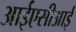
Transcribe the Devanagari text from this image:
आईएसीआई